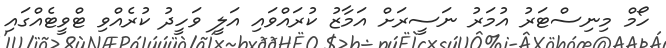
ހޯމް މިނިސްޓަރު އުމަރު ނަސީރަށް އަމާޒު ކުރައްވައި އަލީ ވަހީދު ކުރެއްވި ޓްވީޓެއްގައި